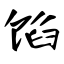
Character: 馅